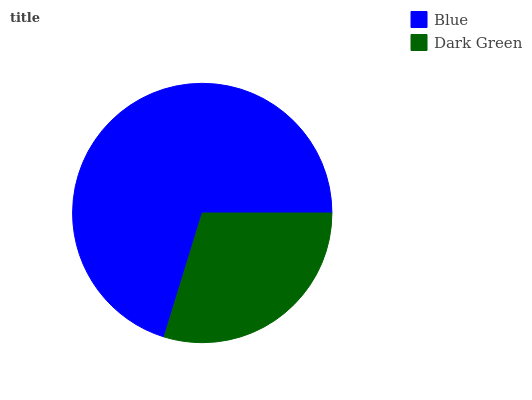
| Blue | Dark Green |
 | --- | --- |
 | 70.2% | 29.8% |